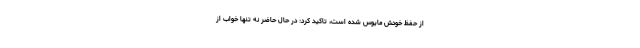
از حفظ خودش مایوس شده است، تاکید کرد: در حال حاضر نه تنها خواب از